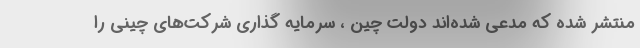
منتشر شده که مدعی شده‌اند دولت چین ، سرمایه گذاری شرکت‌های چینی را